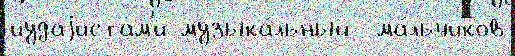
иудаjистам'и музыка́льный  ма́льчиков